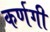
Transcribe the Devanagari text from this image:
कर्णगी